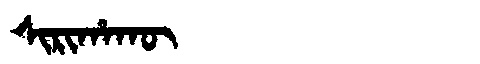
Manchu: ᠰᡳᡵᡳᡥᠠᡴᡡ
Romanization: SIRIHAKŪ